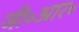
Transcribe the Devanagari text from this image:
जी॰आर॰